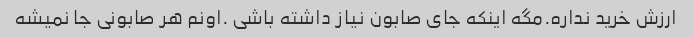
ارزش خرید نداره.مگه اینکه جای صابون نیاز داشته باشی .اونم هر صابونی جا نمیشه